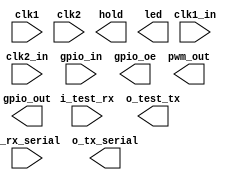

// Efinity Top-level template
// Version: 2023.2.307

// Copyright (C) 2013 - 2023 Efinix Inc. All rights reserved.

// This file may be used as a starting point for Efinity synthesis top-level target.
// The port list here matches what is expected by Efinity constraint files generated
// by the Efinity Interface Designer.

// To use this:
//     #1)  Save this file with a different name to a different directory, where source files are kept.
//              Example: you may wish to save as C:\Users\Dell\Downloads\periplex_design_5_write_read (5)\periplex_design_5_write_read\periplex_design_5_write_read\periplex_design_4.v
//     #2)  Add the newly saved file into Efinity project as design file
//     #3)  Edit the top level entity in Efinity project to:  periplex_design_4
//     #4)  Insert design content.


module periplex_design_4
(
  input clk1_in,
  input clk2_in,
  input [7:0] gpio_in,
  input [0:0] i_rx_serial,
  input i_test_rx,
  input clk1,
  input clk2,
  output [7:0] gpio_out,
  output [7:0] gpio_oe,
  output hold,
  output o_test_tx,
  output [0:0] o_tx_serial,
  output [2:0] pwm_out,
  output led
);


endmodule